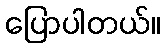
ပြောပါတယ်။